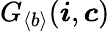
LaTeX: G_{\langle b\rangle}({\boldsymbol{i}},{\boldsymbol{c}})